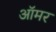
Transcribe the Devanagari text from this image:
ऑमर